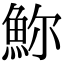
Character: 𩶗